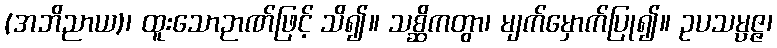
(အဘိညာယ)၊ ထူးသောဉာဏ်ဖြင့် သိ၍။ သစ္ဆိကတွာ၊ မျက်မှောက်ပြု၍။ ဥပသမ္ပဇ္ဇ၊